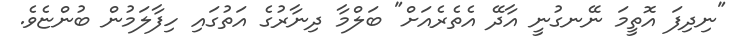
"ނިދިފަ އޮތީމަ ނޭނގުނީ އާދޭ އެތެރެއަށް" ބަލްމާ ދިނާރުގެ އަތުގައި ހިފާލަމުން ބުންޏެވެ.